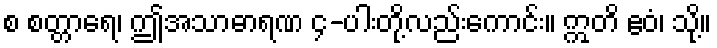
စ စတ္တာရေ၊ ဤအသာဓာရဏ ၄-ပါးတို့လည်းကောင်း။ ဣတိ ဧဝံ၊ သို့။